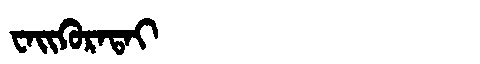
Manchu: ᠸᠠᡳᡴᡠᡵᠠᡨᠠᡳ
Romanization: WAIKURATAI